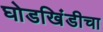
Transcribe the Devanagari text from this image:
घोडखिंडीचा